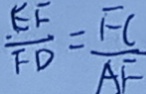
\frac { E F } { F D } = \frac { F C } { A E }